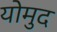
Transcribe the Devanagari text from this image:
योमुद